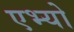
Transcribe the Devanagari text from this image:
एभ्यो